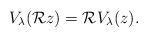
LaTeX: \begin{align*}V_\lambda(\mathcal Rz)=\mathcal R V_\lambda(z).\end{align*}